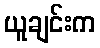
ယူချင်းက